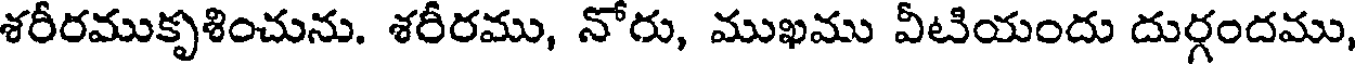
శరీరముకృశించును. శరీరము, నోరు, ముఖము వీటియందు దుర్గందము,